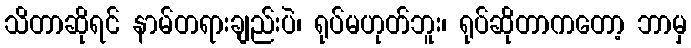
သိတာဆိုရင် နာမ်တရားချည်းပဲ၊ ရုပ်မဟုတ်ဘူး၊ ရုပ်ဆိုတာကတော့ ဘာမှ